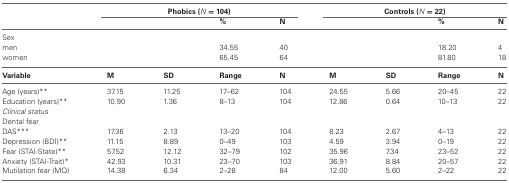
<table><thead><tr><td></td><td colspan="4"><b>Phobics (<i>N</i> = 104)</b></td><td colspan="4"><b>Controls (<i>N</i> = 22)</b></td></tr><tr><td></td><td></td><td></td><td><b>%</b></td><td><b>N</b></td><td></td><td></td><td><b>%</b></td><td><b>N</b></td></tr></thead><tbody><tr><td>Sex</td><td></td><td></td><td></td><td></td><td></td><td></td><td></td><td></td></tr><tr><td>men</td><td></td><td></td><td>34.55</td><td>40</td><td></td><td></td><td>18.20</td><td>4</td></tr><tr><td>women</td><td></td><td></td><td>65.45</td><td>64</td><td></td><td></td><td>81.80</td><td>18</td></tr><tr><td><b>Variable</b></td><td><b>M</b></td><td><b>SD</b></td><td><b>Range</b></td><td><b>N</b></td><td><b>M</b></td><td><b>SD</b></td><td><b>Range</b></td><td><b>N</b></td></tr><tr><td>Age (years)**</td><td>37.15</td><td>11.25</td><td>17–62</td><td>104</td><td>24.55</td><td>5.66</td><td>20–45</td><td>22</td></tr><tr><td>Education (years)**</td><td>10.90</td><td>1.36</td><td>8–13</td><td>104</td><td>12.86</td><td>0.64</td><td>10–13</td><td>22</td></tr><tr><td><i>Clinical status</i></td><td></td><td></td><td></td><td></td><td></td><td></td><td></td><td></td></tr><tr><td>Dental fear</td><td></td><td></td><td></td><td></td><td></td><td></td><td></td><td></td></tr><tr><td>DAS***</td><td>17.36</td><td>2.13</td><td>13–20</td><td>104</td><td>8.23</td><td>2.67</td><td>4–13</td><td>22</td></tr><tr><td>Depression (BDI)**</td><td>11.15</td><td>8.89</td><td>0–49</td><td>103</td><td>4.59</td><td>3.94</td><td>0–19</td><td>22</td></tr><tr><td>Fear (STAI-State)**</td><td>57.52</td><td>12.12</td><td>32–79</td><td>102</td><td>35.96</td><td>7.34</td><td>23–52</td><td>22</td></tr><tr><td>Anxiety (STAI-Trait)*</td><td>42.93</td><td>10.31</td><td>23–70</td><td>103</td><td>36.91</td><td>8.84</td><td>20–57</td><td>22</td></tr><tr><td>Mutilation fear (MQ)</td><td>14.38</td><td>6.34</td><td>2–28</td><td>84</td><td>12.00</td><td>5.60</td><td>2–22</td><td>22</td></tr></tbody></table>